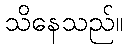
သိနေသည်။